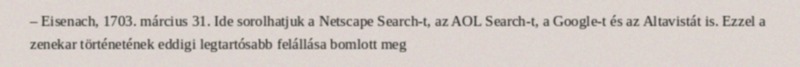
– Eisenach, 1703. március 31. Ide sorolhatjuk a Netscape Search-t, az AOL Search-t, a Google-t és az Altavistát is. Ezzel a zenekar történetének eddigi legtartósabb felállása bomlott meg